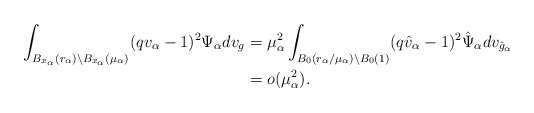
\begin{align*} \int_{B_{x_\alpha}(r_\alpha)\backslash B_{x_\alpha}(\mu_\alpha)} (qv_\alpha-1)^2 \Psi_\alpha dv_g & = \mu_\alpha^2 \int_{B_0(r_\alpha/\mu_\alpha)\backslash B_0(1)}(q\hat{v}_\alpha-1)^2 \hat{\Psi}_\alpha dv_{\hat{g}_\alpha}\\ & = o(\mu_\alpha^2). \end{align*}